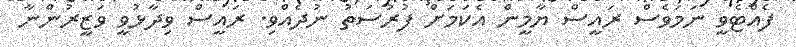
ފެއްޓެވީ ނަމަވެސް ރައީސް ޔާމީން އެކަމަށް ފުރުސަތު ނުދެއްވި. ރައީސް ވިދާޅުވީ ވަޒީރުންނާ